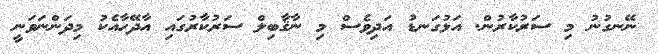
ނޭނގުނު މި ސަރުކާރުން. އަޅުގަނޑު އަދިވެސް މި ނާޤާބިލް ސަރުކާރުގައި އާދޭހާއެކު މިދަންނަވަނީ